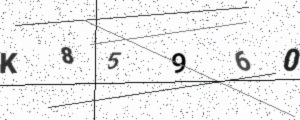
Text: K85960